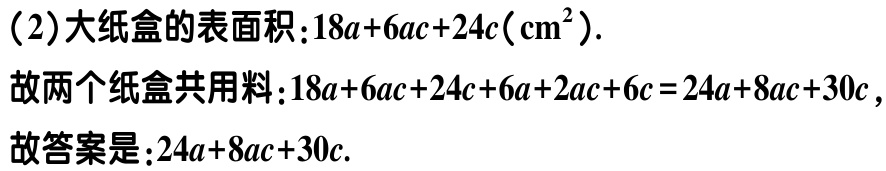
（2）大纸盒的表面积：\(18a + 6ac + 24c(\text{cm}^2)\).
故两个纸盒共用料：\(18a + 6ac + 24c + 6a + 2ac + 6c = 24a + 8ac + 30c\)，
故答案是：\(24a + 8ac + 30c\).